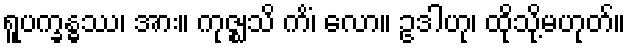
ရူပက္ခန္ဓဿ၊ အား။ ကုဇ္ဈသိ ကိံ၊ လော။ ဥဒါဟု၊ ထိုသို့မဟုတ်။